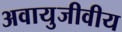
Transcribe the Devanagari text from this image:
अवायुजीवीय